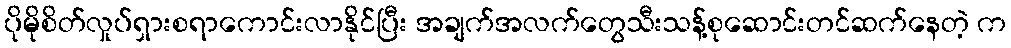
ပိုမိုစိတ်လှုပ်ရှားစရာကောင်းလာနိုင်ပြီး အချက်အလက်တွေသီးသန့်စုဆောင်းတင်ဆက်နေတဲ့ က